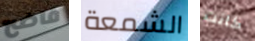
فاضح الشمعة كانت